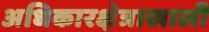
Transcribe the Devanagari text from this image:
अधिकारक्षेत्राखाली